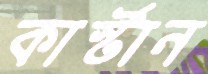
কার্স্টান